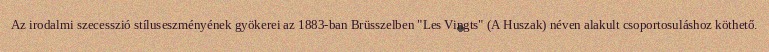
Az irodalmi szecesszió stíluseszményének gyökerei az 1883-ban Brüsszelben "Les Vingts" (A Huszak) néven alakult csoportosuláshoz köthető.